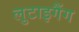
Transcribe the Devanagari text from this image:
लुटाइगैंग